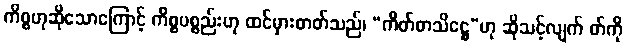
ကိစ္စဟုဆိုသောကြောင့် ကိစ္စပစ္စည်းဟု ထင်မှားတတ်သည်၊ “ကိတ်စာသိဋ္ဌေ”ဟု ဆိုသင့်လျက် တ်ကို